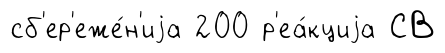
сб'ер'еже́н'иjа 200 р'еа́кциjа СВ